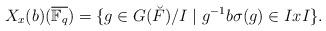
LaTeX: \begin{align*}X_x(b)(\overline{\mathbb F_q}) =\{g\in G(\breve F)/I\mid g^{-1} b\sigma(g)\in IxI\}.\end{align*}